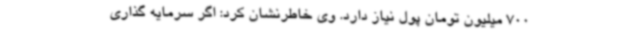
700 میلیون تومان پول نیاز دارد. وی خاطرنشان کرد: اگر سرمایه گذاری